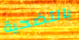
بالتضحية